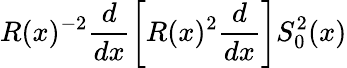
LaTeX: R(x)^{-2}\frac{d}{dx}\left[R(x)^{2}\frac{d}{dx}\right]S_{0}^{2}(x)